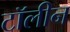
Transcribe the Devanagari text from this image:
टॉलीन